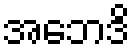
အဘေဒိ